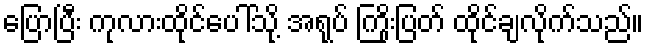
ပြောပြီး ကုလားထိုင်ပေါ်သို့ အရုပ် ကြိုးပြတ် ထိုင်ချလိုက်သည်။